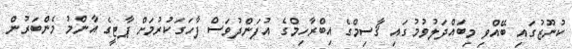
ކުނޫޒުގައި ބޭއްވި މިބައްދަލުވުމުގައި ޤާސިމްގެ އިބްރާހިމްގެ އުފަންދުވަސް ފާހަގަކުރުމަށް ޕާޓީގެ އާންމު މެންބަރުން